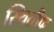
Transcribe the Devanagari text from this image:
स्थितीक